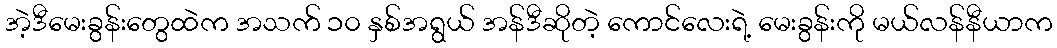
အဲ့ဒီမေးခွန်းတွေထဲက အသက် ၁၀ နှစ်အရွယ် အန်ဒီဆိုတဲ့ ကောင်လေးရဲ့ မေးခွန်းကို မယ်လန်နီယာက